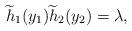
LaTeX: \begin{align*} \widetilde{h}_1 (y_1) \widetilde{h}_2 (y_2) = \lambda, \end{align*}